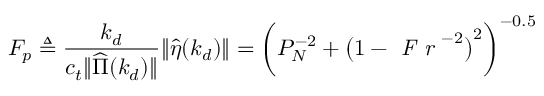
F _ { p } \triangleq \frac { k _ { d } } { c _ { t } \Vert \widehat { \Pi } ( k _ { d } ) \Vert } \Vert \hat { \eta } ( k _ { d } ) \Vert = \biggl ( P _ { N } ^ { - 2 } + \bigl ( 1 - \textit { F r } ^ { - 2 } \bigl ) ^ { 2 } \biggl ) ^ { - 0 . 5 }